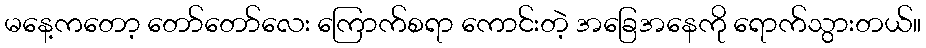
မနေ့ကတော့ တော်တော်လေး ကြောက်စရာ ကောင်းတဲ့ အခြေအနေကို ရောက်သွားတယ်။